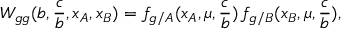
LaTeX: W _ { g g } ( b , \frac { c } { b } , x _ { A } , x _ { B } ) = f _ { g / A } ( x _ { A } , \mu , \frac { c } { b } ) \, f _ { g / B } ( x _ { B } , \mu , \frac { c } { b } ) ,